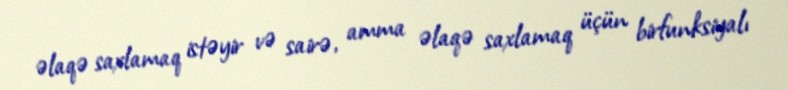
əlaqə saxlamaq istəyir və sairə, amma əlaqə saxlamaq üçün birfunksiyalı